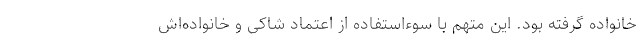
خانواده گرفته بود. این متهم با سوء‌استفاده از اعتماد شاکی و خانواده‌اش